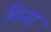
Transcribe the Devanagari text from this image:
पिऱ्या